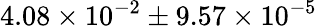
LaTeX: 4.08\times{10^{-2}}\pm 9.57\times{10^{-5}}